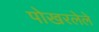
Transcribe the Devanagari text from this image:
पोखरलेले